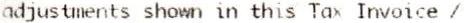
ADJUSTMENTS SHOWN IN THIS TAX INVOICE /